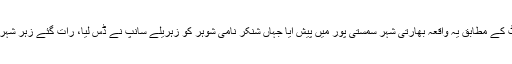
غیرملکی خبررساں ادارے کی رپورٹ کے مطابق یہ واقعہ بھارتی شہر سمستی پور میں پیش آیا جہاں شنکر نامی شوہر کو زہریلے سانپ نے ڈس لیا، رات گئے زہر شہری کے پورے جسم میں پھیل چکا تھا۔